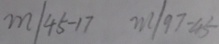
m / 4 5 - 1 7 m / 9 7 - 4 5